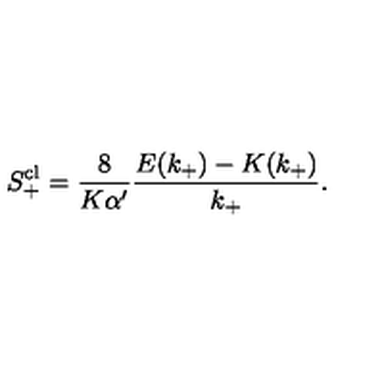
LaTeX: S _ { + } ^ { \mathrm { c l } } = \frac { 8 } { K \alpha ^ { \prime } } \frac { E ( k _ { + } ) - K ( k _ { + } ) } { k _ { + } } .